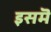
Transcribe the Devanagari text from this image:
इसमॆं